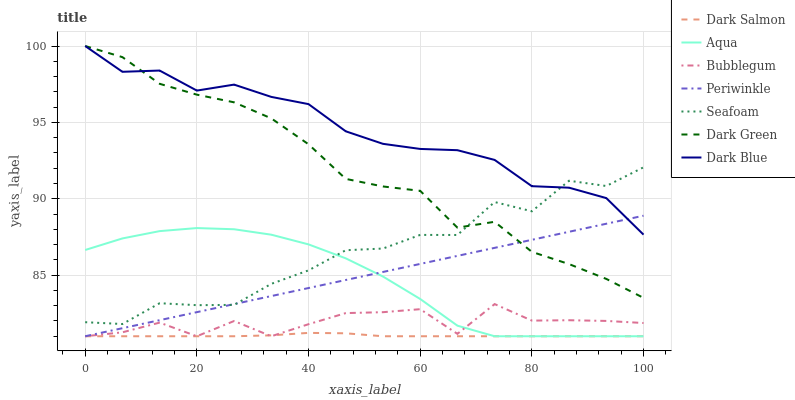
| xaxis_label | Dark Salmon | Aqua | Bubblegum | Periwinkle | Seafoam | Dark Green | Dark Blue |
 | --- | --- | --- | --- | --- | --- | --- | --- |
 | 0 | 81 | 86.6 | 81 | 81 | 81.9 | 100 | 100 |
 | 6.67 | 81 | 87.4 | 81.3 | 81.5 | 81.8 | 99.3 | 98.3 |
 | 13.3 | 81 | 87.9 | 81.9 | 82.1 | 83.2 | 97.5 | 98.4 |
 | 20 | 81 | 88.1 | 81 | 82.6 | 83 | 96.8 | 97.1 |
 | 26.7 | 81 | 88 | 82 | 83.1 | 83.1 | 96.3 | 97.5 |
 | 33.3 | 81.1 | 87.6 | 81 | 83.6 | 84.4 | 95.3 | 96.7 |
 | 40 | 81.2 | 87 | 81.8 | 84.2 | 85.3 | 93.6 | 96.2 |
 | 46.7 | 81.2 | 86.1 | 82.5 | 84.7 | 86.6 | 91.3 | 94.4 |
 | 53.3 | 81 | 84.9 | 82.6 | 85.2 | 86.7 | 90.8 | 93.6 |
 | 60 | 81 | 83.4 | 82.8 | 85.7 | 87.6 | 90.5 | 93.3 |
 | 66.7 | 81 | 81.7 | 81.2 | 86.3 | 87.6 | 88.1 | 93.2 |
 | 73.3 | 81 | 81 | 83.1 | 86.8 | 89.8 | 88.5 | 92.5 |
 | 80 | 81 | 81 | 82 | 87.3 | 89.2 | 86.5 | 90.8 |
 | 86.7 | 81 | 81 | 82 | 87.8 | 91.2 | 85.7 | 90.7 |
 | 93.3 | 81 | 81 | 82 | 88.4 | 90.8 | 84.8 | 90 |
 | 100 | 81 | 81 | 81.9 | 88.9 | 92.1 | 83.5 | 87.7 |